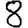
Digit: 8